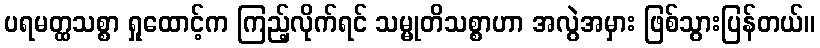
ပရမတ္ထသစ္စာ ရှုထောင့်က ကြည့်လိုက်ရင် သမ္မုတိသစ္စာဟာ အလွဲအမှား ဖြစ်သွားပြန်တယ်။